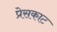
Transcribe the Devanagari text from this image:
प्रेसकाट